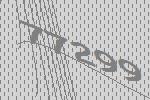
77299